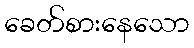
ခေတ်စားနေသော